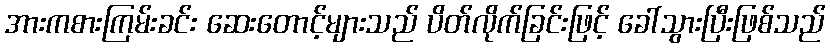
အားကစားကြမ်းခင်း ဆေးတောင့်များသည် ပိတ်လိုက်ခြင်းဖြင့် ခေါ်သွားပြီးဖြစ်သည်